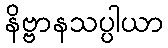
နိဗ္ဗာနသပ္ပါယာ